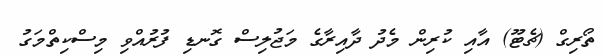
ތޯރިގް (ޗެޓޫ) އާއި ކުރިން މެދު ދާއިރާގެ މަޖުލިސް ގޮނޑި ފުރުއްވި މިސްކިތްމަގު